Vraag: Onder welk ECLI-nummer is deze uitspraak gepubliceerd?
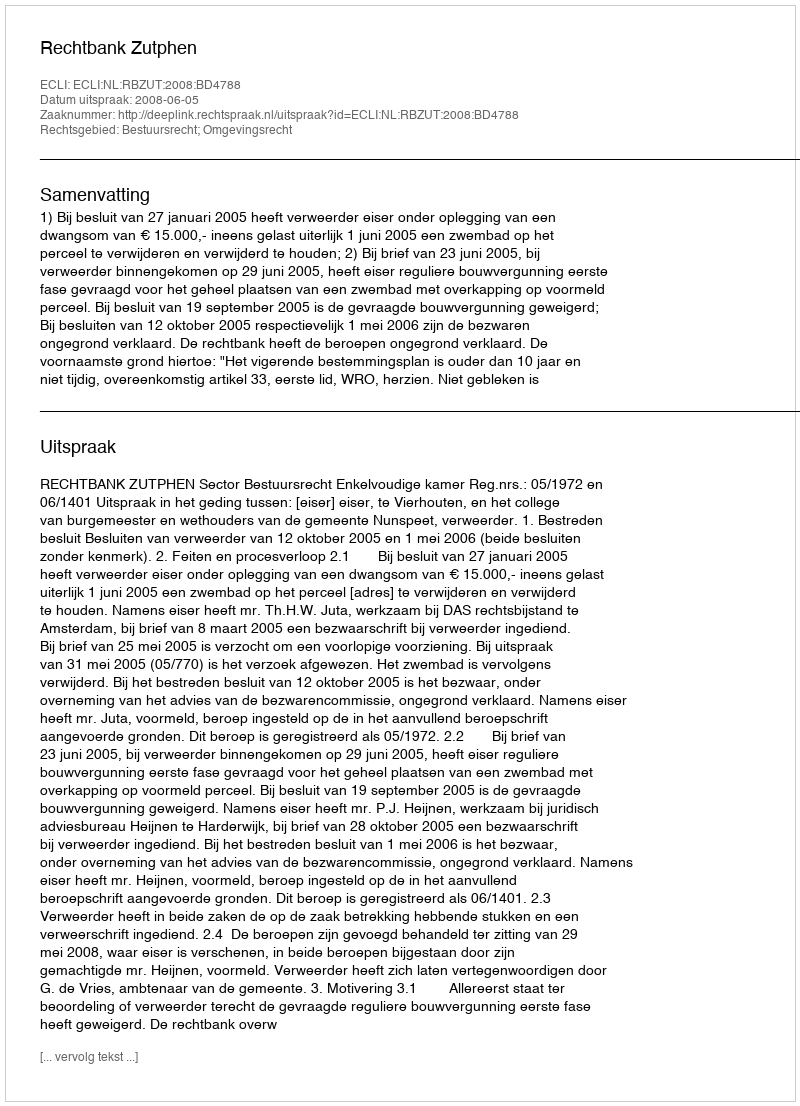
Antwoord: ECLI:NL:RBZUT:2008:BD4788